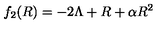
f _ { 2 } ( R ) = - 2 \Lambda + R + \alpha R ^ { 2 }